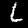
Label: 6